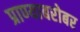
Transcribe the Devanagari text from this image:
प्राण्याबरोबर